Annual report on the health of the army in India
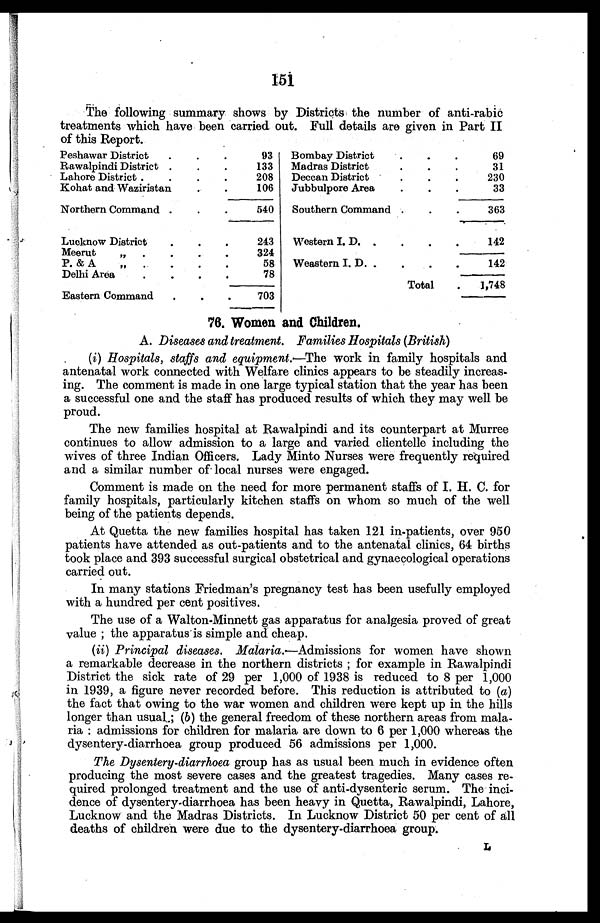
151
The following summary shows by Districts the number of anti-rabic
treatments which have been carried out. Full details are given in Part II
of this Report.
Peshawar District . . .
93
Rawalpindi District . . .
133
Lahore District . . .
208
Kohat and Waziristan . . .
106
Northern Command . . .
540
Lucknow District . . .
243
Meerut " . . .
324
P. & A " . . .
58
Delhi Area . . .
78
Eastern Command . . .
703
Bombay District . . .
69
Madras District . . .
31
Deccan District . . .
230
Jubbulpore Area . . .
33
Southern Command . . .
363
Western I. D. . . .
142
Western I. D. . . .
142
Total
.
1,748
76. Women and Children.
A. Diseases and treatment. Families Hospitals (British)
(i) Hospitals, staffs and equipment.—The work in family hospitals and
antenatal work connected with Welfare clinics appears to be steadily increas-
ing. The comment is made in one large typical station that the year has been
a successful one and the staff has produced results of which they may well be
proud.
The new families hospital at Rawalpindi and its counterpart at Murree
continues to allow admission to a large and varied clientelle including the
wives of three Indian Officers. Lady Minto Nurses were frequently required
and a similar number of local nurses were engaged.
Comment is made on the need for more permanent staffs of I. H. C. for
family hospitals, particularly kitchen staffs on whom so much of the well
being of the patients depends.
At Quetta the new families hospital has taken 121 in-patients, over 950
patients have attended as out-patients and to the antenatal clinics, 64 births
took place and 393 successful surgical obstetrical and gynaecological operations
carried out.
In many stations Friedman's pregnancy test has been usefully employed
with a hundred per cent positives.
The use of a Walton-Minnett gas apparatus for analgesia proved of great
value ; the apparatus is simple and cheap.
(ii) Principal diseases. Malaria.—Admissions for women have shown
a remarkable decrease in the northern districts ; for example in Rawalpindi
District the sick rate of 29 per 1,000 of 1938 is reduced to 8 per 1,000
in 1939, a figure never recorded before. This reduction is attributed to (a)
the fact that owing to the war women and children were kept up in the hills
longer than usual ; (b) the general freedom of these northern areas from mala-
r i a : a d m i s s i o n s f o r c h i l d r e n f o r m a l a r i a a r e d o w n t o 6 p e r 1 , 0 0 0 w h e r e a s t h e
dysentery-diarrhoea group produced 56 admissions per 1,000.
The Dysentery-diarrhoea group has as usual been much in evidence often
producing the most severe cases and the greatest tragedies. Many cases re-
quired prolonged treatment and the use of anti-dysenteric serum. The inci-
dence of dysentery-diarrhoea has been heavy in Quetta, Rawalpindi, Lahore,
Lucknow and the Madras Districts. In Lucknow District 50 per cent of all
deaths of children were due to the dysentery-diarrhoea group.